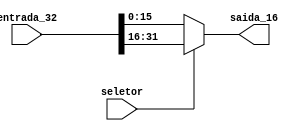
module Separador (seletor, entrada_32, saida_16);
input seletor;
input [31:0] entrada_32;
output [15:0] saida_16;

assign saida_16 = (seletor)? entrada_32[31:16] : entrada_32[15:0];

endmodule